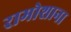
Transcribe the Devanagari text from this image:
रामोशाना